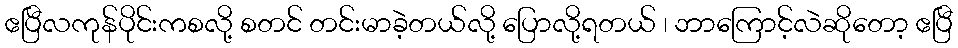
ဧပြီလကုန်ပိုင်းကစလို့ စတင် တင်းမာခဲ့တယ်လို့ ပြောလို့ရတယ် ၊ ဘာကြောင့်လဲဆိုတော့ ဧပြီ